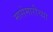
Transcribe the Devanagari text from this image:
मासेमारीच्या